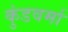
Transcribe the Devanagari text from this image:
कुंडवर्मा